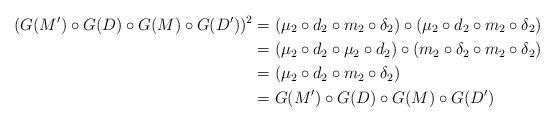
LaTeX: \begin{align*} (G(M') \circ G(D)\circ G(M)\circ G(D'))^2 &= (\mu_2 \circ d_2 \circ m_2\circ \delta_2)\circ (\mu_2 \circ d_2 \circ m_2\circ \delta_2) \\ &= (\mu_2 \circ d_2 \circ \mu_2 \circ d_2)\circ ( m_2\circ \delta_2 \circ m_2\circ \delta_2)\\ &= (\mu_2 \circ d_2 \circ m_2\circ \delta_2) \\ &= G(M') \circ G(D)\circ G(M)\circ G(D')\end{align*}